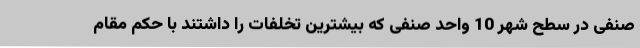
صنفی در سطح شهر 10 واحد صنفی که بیشترین تخلفات را داشتند با حکم مقام